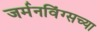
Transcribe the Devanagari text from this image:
जर्मनविंग्सच्या